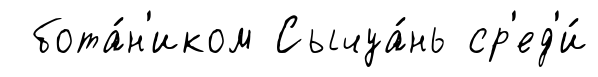
бота́н'иком Сычуа́нь ср'ед'и́